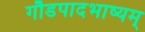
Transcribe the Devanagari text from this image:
गौडपादभाष्‍यम्